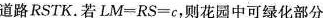
道路RSTK。若$$L M = R S = c$$，则花园中可绿化部分